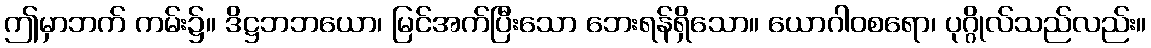
ဤမှာဘက် ကမ်း၌။ ဒိဋ္ဌဘဘယော၊ မြင်အက်ပြီးသော ဘေးရန်ရှိသော။ ယောဂါဝစရော၊ ပုဂ္ဂိုလ်သည်လည်း။